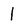
Character: l